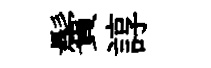
鬢諄